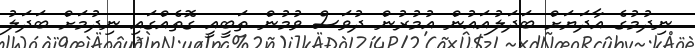
ނިދުމުގެ އާދަޔަށް ބަދަލުއައުން އުމުރުން ދުވަސް ވުމުން ތަބީއީ ގޮތެއްގައި ނިދުމަށް ބަދަލު